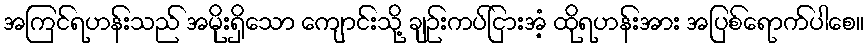
အကြင်ရဟန်းသည် အမိုးရှိသော ကျောင်းသို့ ချဉ်းကပ်ငြားအံ့ ထိုရဟန်းအား အပြစ်ရောက်ပါစေ။